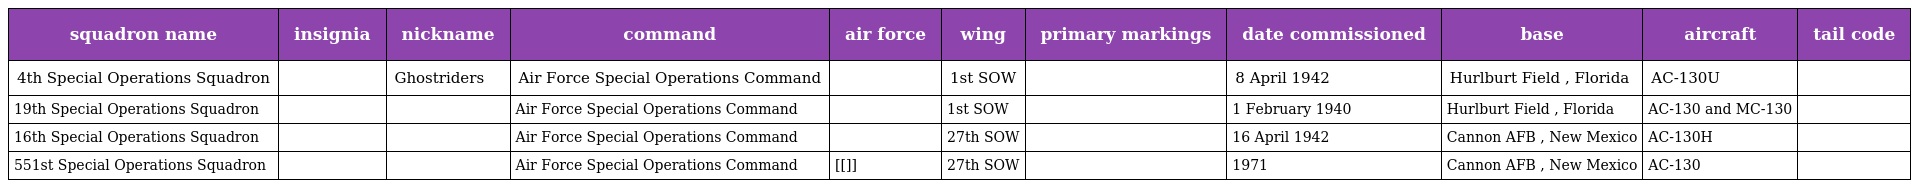
| squadron name | insignia | nickname | command | air force | wing | primary markings | date commissioned | base | aircraft | tail code |
 | --- | --- | --- | --- | --- | --- | --- | --- | --- | --- | --- |
 | 4th Special Operations Squadron |  | Ghostriders | Air Force Special Operations Command |  | 1st SOW |  | 8 April 1942 | Hurlburt Field , Florida | AC-130U |  |
 | 19th Special Operations Squadron |  |  | Air Force Special Operations Command |  | 1st SOW |  | 1 February 1940 | Hurlburt Field , Florida | AC-130 and MC-130 |  |
 | 16th Special Operations Squadron |  |  | Air Force Special Operations Command |  | 27th SOW |  | 16 April 1942 | Cannon AFB , New Mexico | AC-130H |  |
 | 551st Special Operations Squadron |  |  | Air Force Special Operations Command | [[]] | 27th SOW |  | 1971 | Cannon AFB , New Mexico | AC-130 |  |